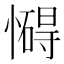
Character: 𢣀